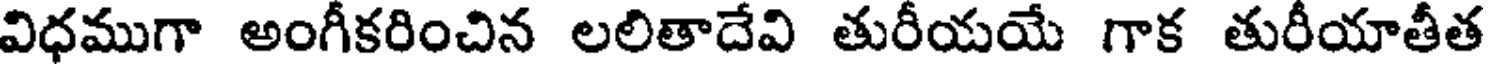
విధముగా అంగీకరించిన లలితాదేవి తురీయయే గాక తురీయాతీత